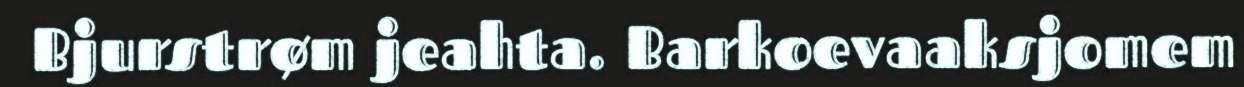
Bjurstrøm jeahta. Barkoevaaksjomem